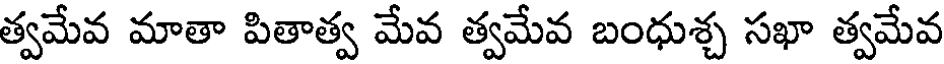
త్వమేవ మాతా పితాత్వ మేవ త్వమేవ బంధుశ్చ సఖా త్వమేవ